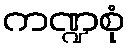
ကဏ္ဍစုံ